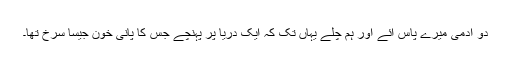
دو آدمی میرے پاس آئے اور ہم چلے یہاں تک کہ ایک دریا پر پہنچے جس کا پانی خون جیسا سرخ تھا۔